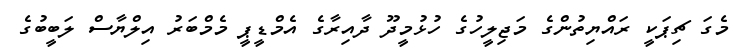
މެގަ ޗިޕަކީ ރައްޔިތުންގެ މަޖިލީހުގެ ހުޅުމީދޫ ދާއިރާގެ އެމްޑީޕީ މެމްބަރު އިލްޔާސް ލަބީބުގެ